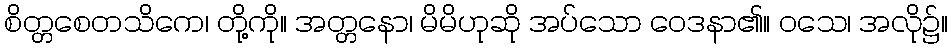
စိတ္တစေတသိကေ၊ တို့ကို။ အတ္တနော၊ မိမိဟုဆို အပ်သော ဝေဒနာ၏။ ဝသေ၊ အလို၌။